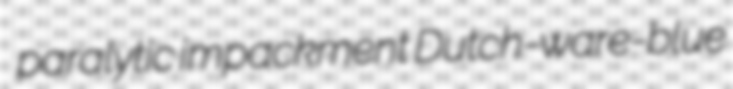
paralytic impackment Dutch-ware-blue